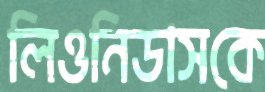
লিওনিডাসকে